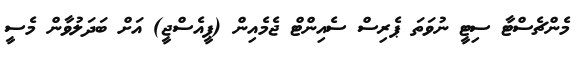
މެންޗެސްޓާ ސިޓީ ނުވަތަ ޕެރިސް ސެއިންޓް ޖެމެއިން (ޕީއެސްޖީ) އަށް ބަދަލުވާން މެސީ